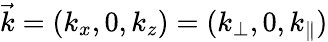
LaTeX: \vec{k}=(k_{x},0,k_{z})=(k_{\perp},0,k_{\parallel})